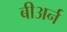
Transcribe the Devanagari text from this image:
बीअर्न